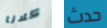
كلانا حدث